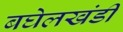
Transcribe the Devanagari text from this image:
बघेलखंडी